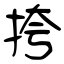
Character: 挎